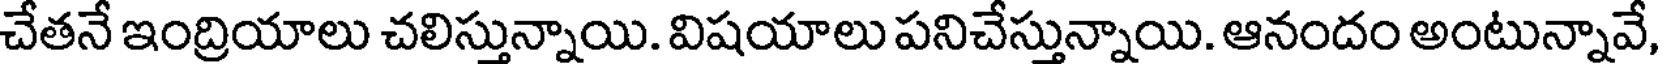
చేతనే ఇంద్రియాలు చలిస్తున్నాయి. విషయాలు పనిచేస్తున్నాయి. ఆనందం అంటున్నావే